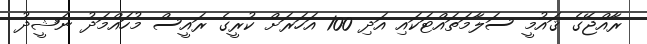
ރާއްޖޭގެ ޤައުމީ ސަލާމަތައްޓަކައި އަދި 100 އަހަރަށް ކުރީގެ ރައީސް މުހައްމަދު ނަޝީދު